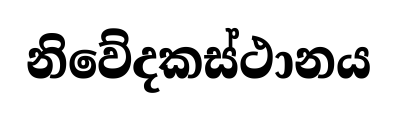
නිවේදකස්ථානය